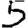
Digit: 5